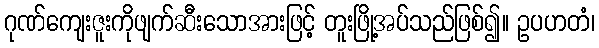
ဂုဏ်ကျေးဇူးကိုဖျက်ဆီးသောအားဖြင့် တူးဖြို့အပ်သည်ဖြစ်၍။ ဥပဟတံ၊